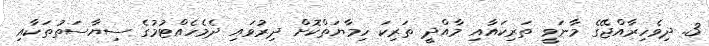
3. ދިވެހިރާއްޖޭގެ މާނަވީ ތަރިކައާއި މާއްދީ ތަރިކަ ހިމާޔަތްކޮށް ދިރުވައި ދެމެހެއްޓުމުގެ ސިޔާސަތުތަކާއި